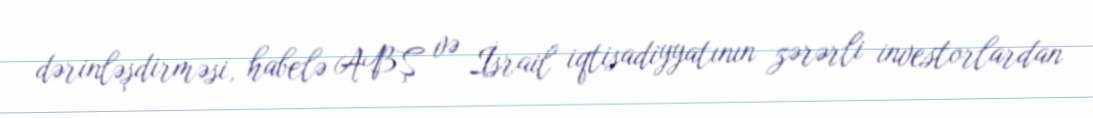
dərinləşdirməsi, habelə ABŞ və İsrail iqtisadiyyatının zərərli investorlardan